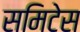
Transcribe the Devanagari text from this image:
समिटेस